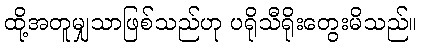
ထို့အတူမျှသာဖြစ်သည်ဟု ပရိုသီရိုးတွေးမိသည်။